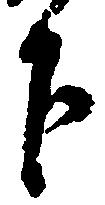
下